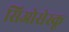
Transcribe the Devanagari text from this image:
सिओसेस्कू